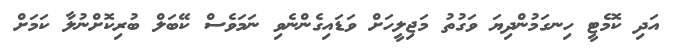
އަދި ކޮމެޓީ ހިނގަމުންދިޔަ ވަގުތު މަޖިލީހަށް ވަޑައިގެންނެވި ނަމަވެސް ކޭބަލް ބުރިކޮށްނުލާ ކަމަށް